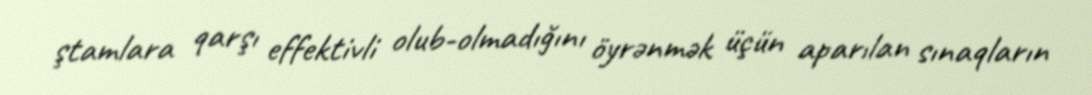
ştamlara qarşı effektivli olub-olmadığını öyrənmək üçün aparılan sınaqların